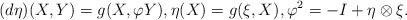
\begin{align*} (d\eta)(X,Y) = g(X,\varphi Y), \eta(X)=g(\xi, X), \varphi^{2} = -I + \eta \otimes \xi.\end{align*}